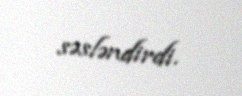
səsləndirdi.